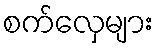
စက်လှေများ